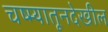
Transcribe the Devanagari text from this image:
चष्म्यातूनदेखील